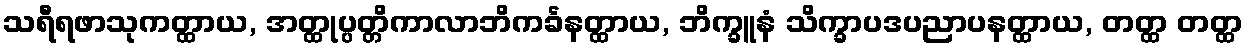
သရီရဖာသုကတ္ထာယ, အတ္ထုပ္ပတ္တိကာလာဘိကင်္ခနတ္ထာယ, ဘိက္ခူနံ သိက္ခာပဒပညာပနတ္ထာယ, တတ္ထ တတ္ထ